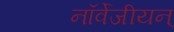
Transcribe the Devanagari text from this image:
नॉर्वेजीयन्